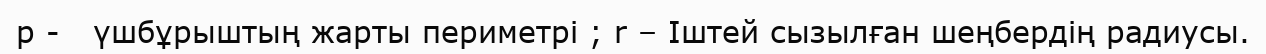
p -   үшбұрыштың жарты периметрі ; r – Іштей сызылған шеңбердің радиусы.